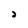
Character: 2